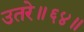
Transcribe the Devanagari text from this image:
उतरे॥६४॥